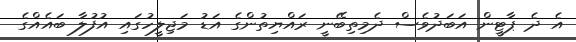
އެ ދެ ޕާޓީން އަބަދުވެސް ދެމިތިބޭނީ ރައްޔިތުންގެ އަޑު މަޖިލީހުގައި އުފުލާ ބައެެއްގެ